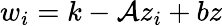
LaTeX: w_{i}=k-\mathcal{A}z_{i}+bz